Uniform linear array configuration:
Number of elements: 8
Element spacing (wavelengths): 0.5
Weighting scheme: binomial
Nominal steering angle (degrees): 0
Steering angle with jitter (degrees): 0.3447
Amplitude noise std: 0.05
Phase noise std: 0.05

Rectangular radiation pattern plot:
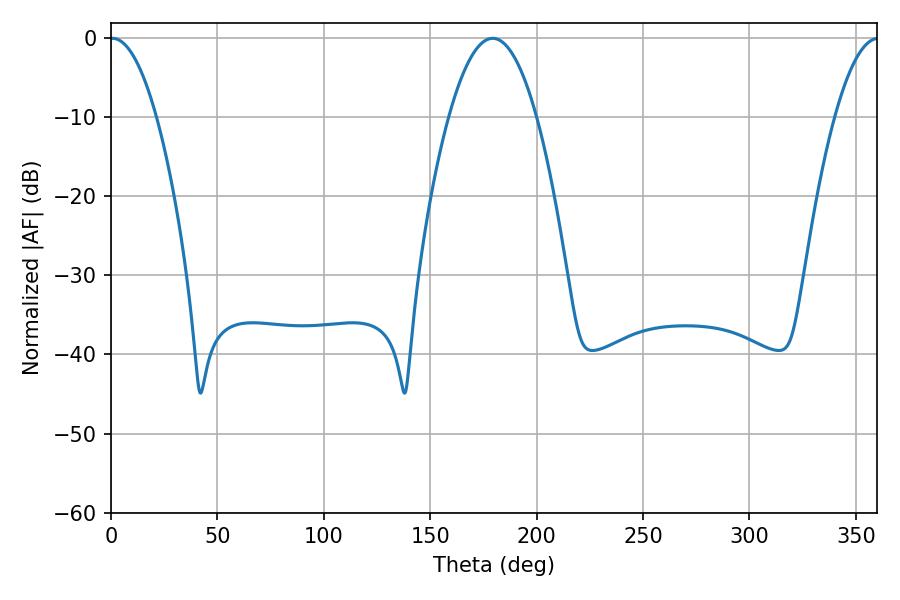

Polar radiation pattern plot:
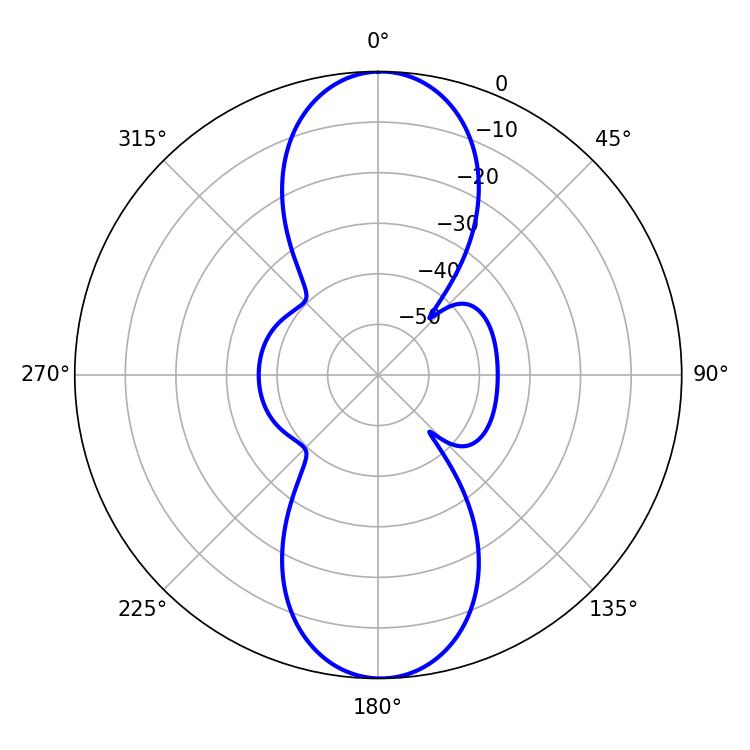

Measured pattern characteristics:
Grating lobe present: FALSE
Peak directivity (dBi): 23.107
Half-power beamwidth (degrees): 12.06
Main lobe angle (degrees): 0.72